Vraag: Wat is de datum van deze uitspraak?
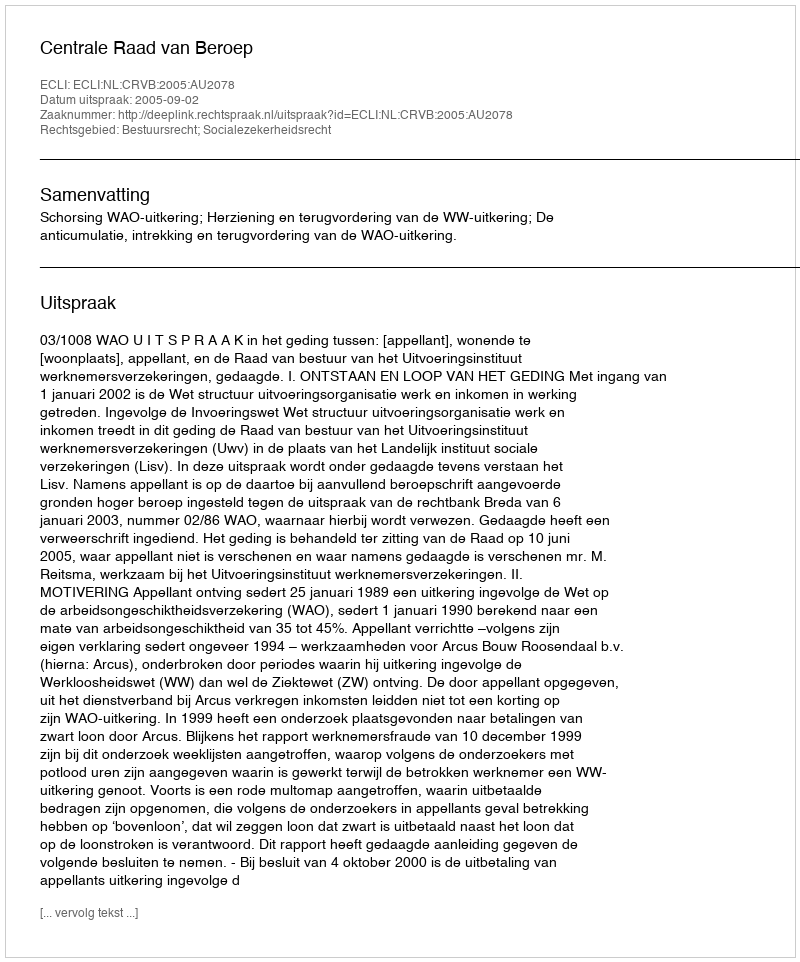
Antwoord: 2005-09-02